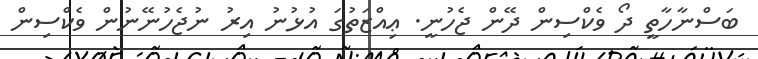
ބަސްނާހާތީ ދޯ ވެކްސިން ދޭން ޖެހުނީ. ޢިއްޒަތުގަ އުޅުނު އިރު ނުޖެހުނޭނުން ވެކްސިން